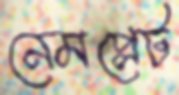
নেমপ্লেট